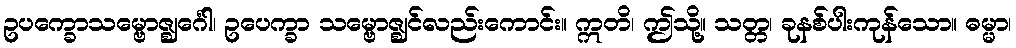
ဥပက္ခောသမ္ဗောဇ္ဈင်္ဂေါ၊ ဥပေက္ခာ သမ္ဗောဇ္ဈင်လည်းကောင်း။ ဣတိ၊ ဤသို့။ သတ္တ၊ ခုနစ်ပါးကုန်သော။ ဓမ္မာ၊